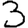
Digit: 3